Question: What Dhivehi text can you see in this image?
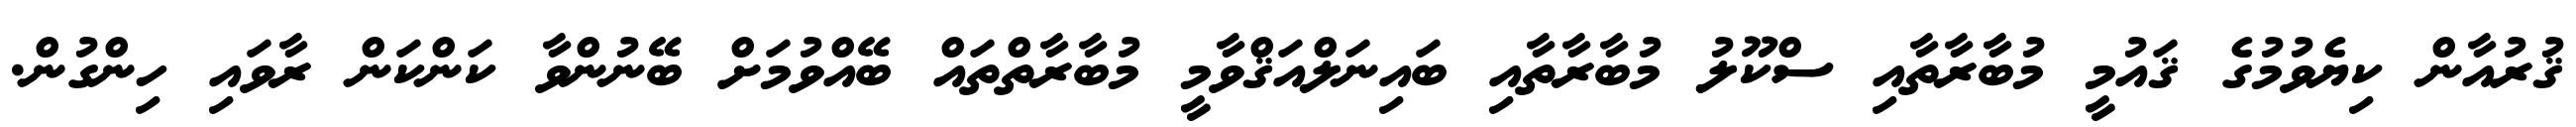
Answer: ޤުރުއާން ކިޔެވުމުގެ ޤައުމީ މުބާރާތާއި ސްކޫލު މުބާރާތާއި ބައިނަލްއަޤްވާމީ މުބާރާތްތައް ބޭއްވުމަށް ބޭނުންވާ ކަންކަން ރާވައި ހިންގުން.